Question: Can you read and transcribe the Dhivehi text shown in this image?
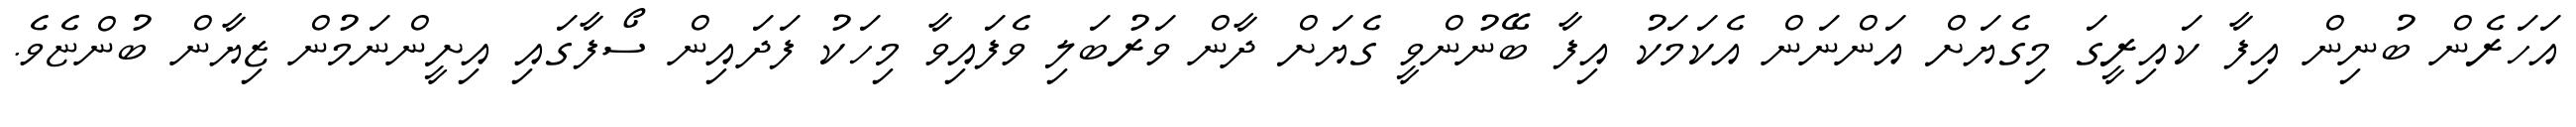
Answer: އަހަރެން ބުނިން އިފާ ކައިރީގަ މިގެޔަށް އަންނަން އެކަމަކު އިފާ ބޭނުންވީ ގެޔަށް ދާން ވަރުބަލި ވެފައިވާ މިހަކު ފަދައިން ސޯފާގައި އިށީންނަމުން ޒިޔާން ބުންޏެވެ.